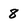
Character: 8